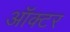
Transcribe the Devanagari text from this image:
ऑक्टर